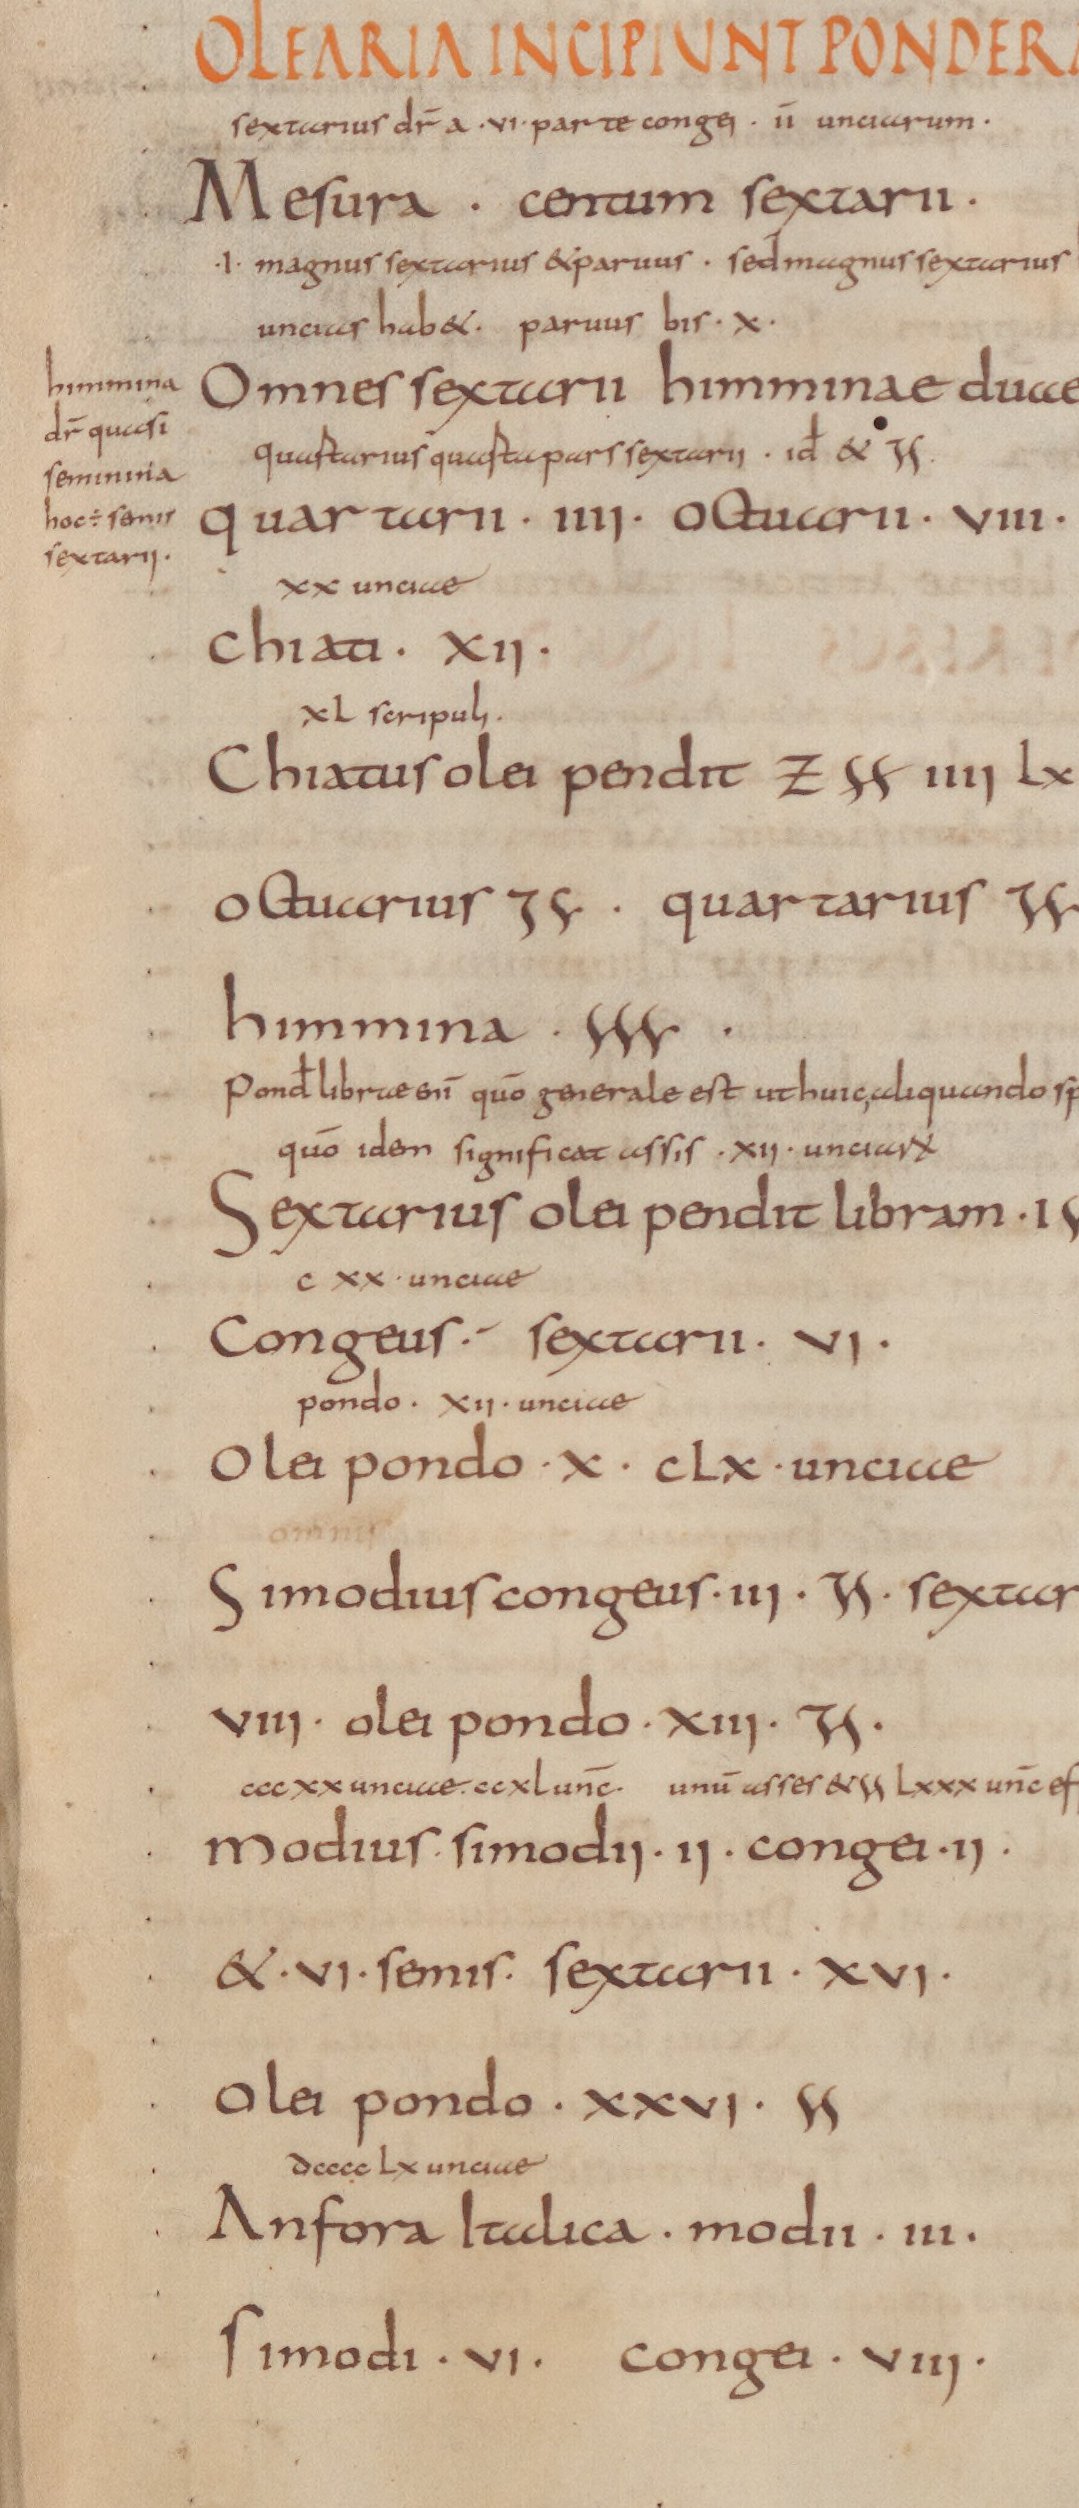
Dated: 825–1000